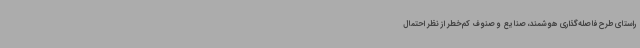
راستای طرح فاصله‌گذاری هوشمند، صنایع و صنوف کم‌خطر از نظر احتمال